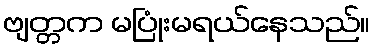
ဗျတ္တက မပြုံးမရယ်နေသည်။